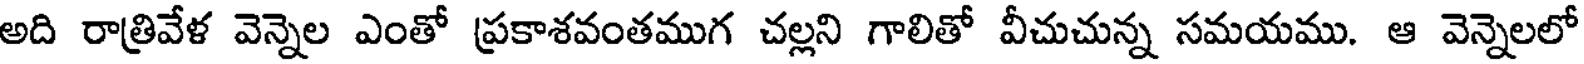
అది రాత్రివేళ వెన్నెల ఎంతో ప్రకాశవంతముగ చల్లని గాలితో వీచుచున్న సమయము. ఆ వెన్నెలలో